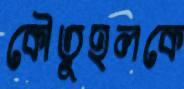
কৌতূহলকে